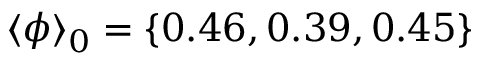
\langle \phi \rangle _ { 0 } = \{ 0 . 4 6 , 0 . 3 9 , 0 . 4 5 \}